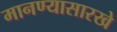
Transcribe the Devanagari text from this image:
मानण्यासारखे